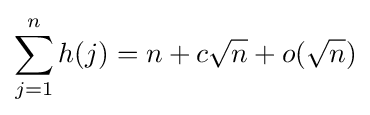
\sum _{j=1}^{n}h(j)=n+c{\sqrt {n}}+o({\sqrt {n}})